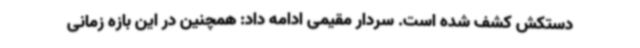
دستکش کشف شده است. سردار مقیمی ادامه داد: همچنین در این بازه زمانی